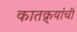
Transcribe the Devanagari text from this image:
कातक्र्‍यांची